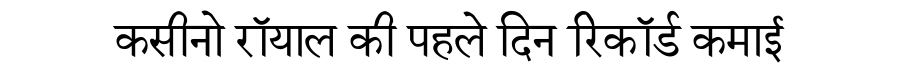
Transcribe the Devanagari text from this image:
कसीनो रॉयाल की पहले दिन रिकॉर्ड कमाई